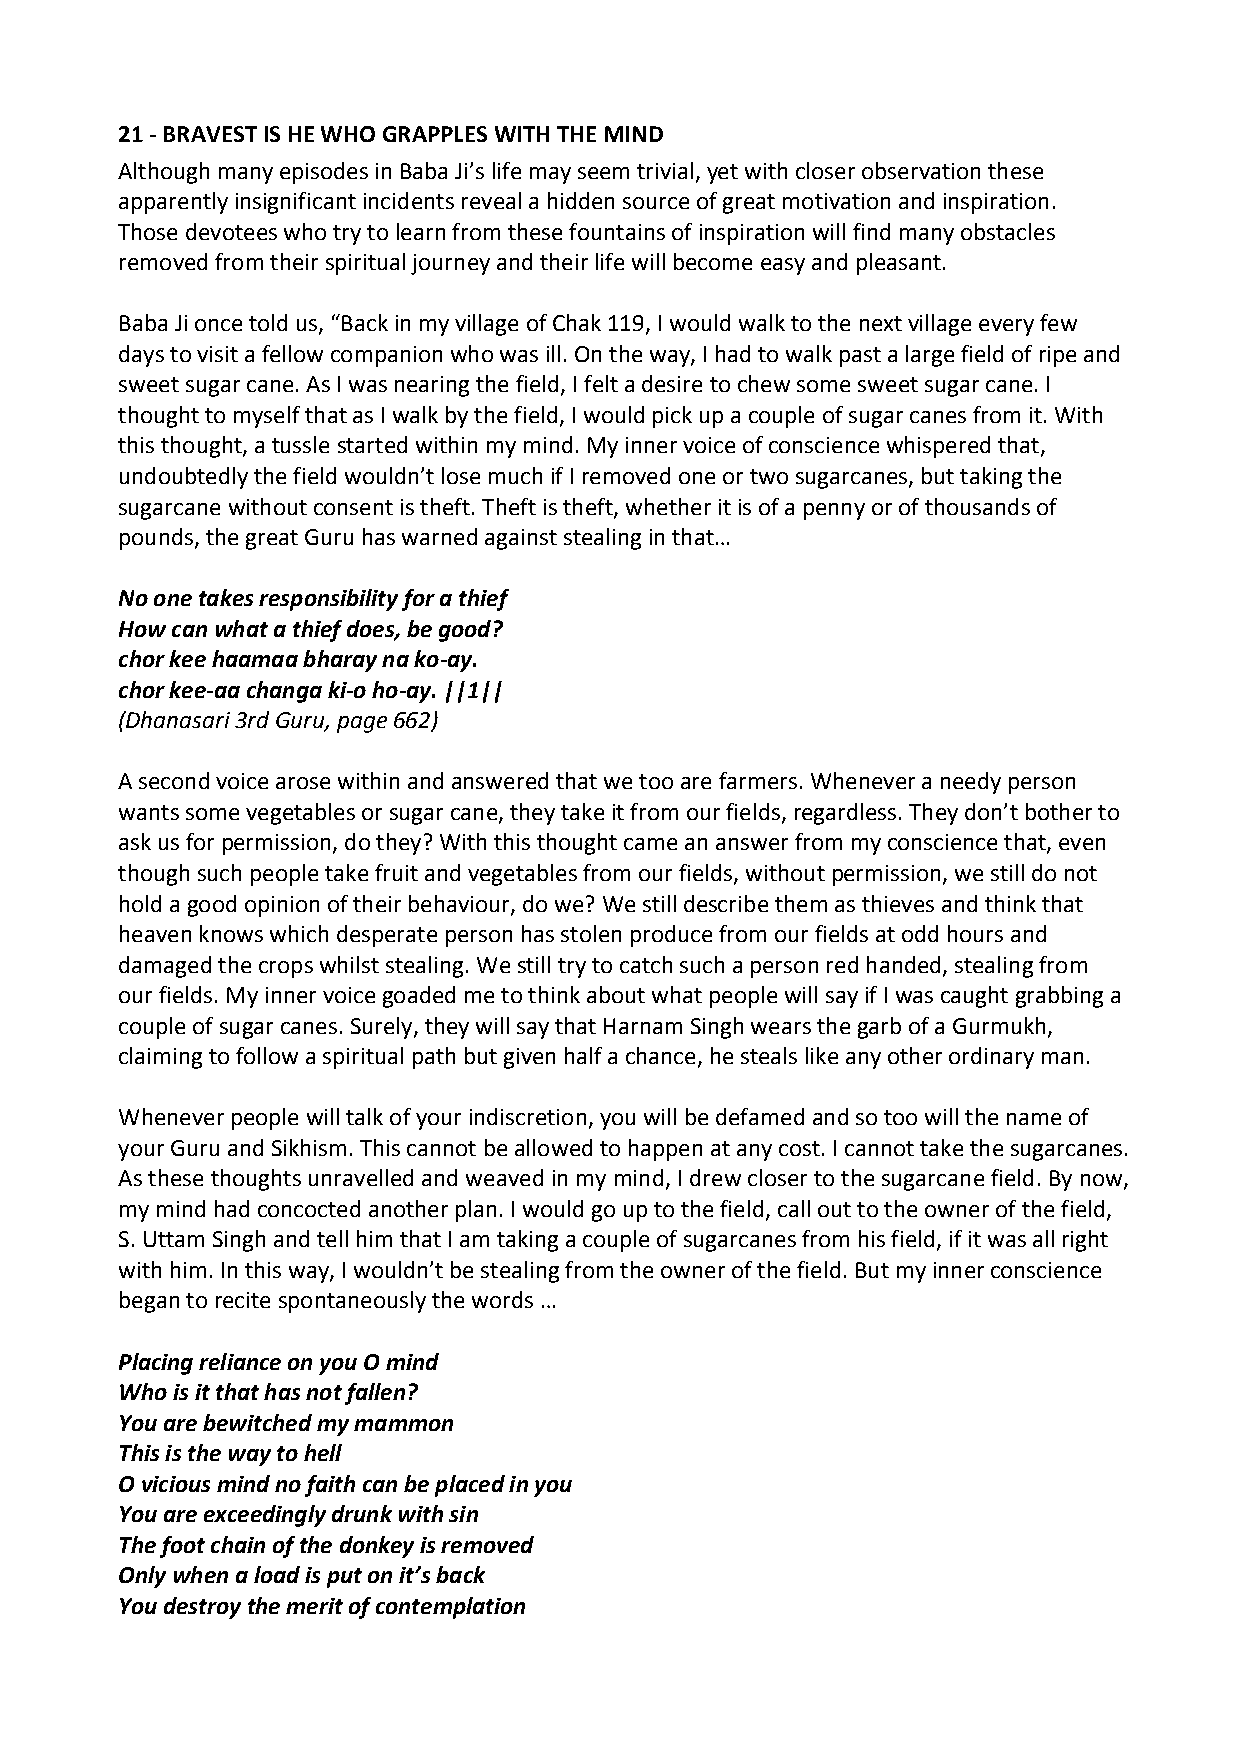
21 ‐ BRAVEST IS HE WHO GRAPPLES WITH THE MIND
 Although many episodes in Baba Ji’s life may seem trivial, yet with closer observation these
 apparently insignificant incidents reveal a hidden source of great motivation and inspiration.
 Those devotees who try to learn from these fountains of inspiration will find many obstacles
 removed from their spiritual journey and their life will become easy and pleasant.
 Baba Ji once told us, “Back in my village of Chak 119, I would walk to the next village every few
 days to visit a fellow companion who was ill. On the way, I had to walk past a large field of ripe and
 sweet sugar cane. As I was nearing the field, I felt a desire to chew some sweet sugar cane. I
 thought to myself that as I walk by the field, I would pick up a couple of sugar canes from it. With
 this thought, a tussle started within my mind. My inner voice of conscience whispered that,
 undoubtedly the field wouldn’t lose much if I removed one or two sugarcanes, but taking the
 sugarcane without consent is theft. Theft is theft, whether it is of a penny or of thousands of
 pounds, the great Guru has warned against stealing in that…
 No one takes responsibility for a thief
 How can what a thief does, be good?
 chor kee haamaa bharay na ko‐ay.
 chor kee‐aa changa ki‐o ho‐ay. ||1||
 (Dhanasari 3rd Guru, page 662)
 A second voice arose within and answered that we too are farmers. Whenever a needy person
 wants some vegetables or sugar cane, they take it from our fields, regardless. They don’t bother to
 ask us for permission, do they? With this thought came an answer from my conscience that, even
 though such people take fruit and vegetables from our fields, without permission, we still do not
 hold a good opinion of their behaviour, do we? We still describe them as thieves and think that
 heaven knows which desperate person has stolen produce from our fields at odd hours and
 damaged the crops whilst stealing. We still try to catch such a person red handed, stealing from
 our fields. My inner voice goaded me to think about what people will say if I was caught grabbing a
 couple of sugar canes. Surely, they will say that Harnam Singh wears the garb of a Gurmukh,
 claiming to follow a spiritual path but given half a chance, he steals like any other ordinary man.
 Whenever people will talk of your indiscretion, you will be defamed and so too will the name of
 your Guru and Sikhism. This cannot be allowed to happen at any cost. I cannot take the sugarcanes.
 As these thoughts unravelled and weaved in my mind, I drew closer to the sugarcane field. By now,
 my mind had concocted another plan. I would go up to the field, call out to the owner of the field,
 S. Uttam Singh and tell him that I am taking a couple of sugarcanes from his field, if it was all right
 with him. In this way, I wouldn’t be stealing from the owner of the field. But my inner conscience
 began to recite spontaneously the words …
 Placing reliance on you O mind
 Who is it that has not fallen?
 You are bewitched my mammon
 This is the way to hell
 O vicious mind no faith can be placed in you
 You are exceedingly drunk with sin
 The foot chain of the donkey is removed
 Only when a load is put on it’s back
 You destroy the merit of contemplation